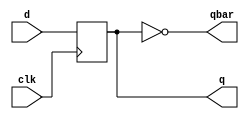
module D_FF(input d, clk, output reg q, output wire qbar);
    always @(posedge clk)
        q <= d;
    assign qbar = ~q;
endmodule

module ring_and_Johnson_counter(input mode, load, clk, input [4:0] data, output [4:0] RingOut, JhonsonOut);
    reg [4:0] d;
    wire [4:0] dbar;
    wire [4:0] d_out; // New wire type variables

    D_FF D0(d[0], clk, d_out[0], dbar[0]);
    D_FF D1(d[1], clk, d_out[1], dbar[1]);
    D_FF D2(d[2], clk, d_out[2], dbar[2]);
    D_FF D3(d[3], clk, d_out[3], dbar[3]);
    D_FF D4(d[4], clk, d_out[4], dbar[4]);
    
    always @(negedge clk,posedge load)
    begin
        if (load)
            d <= data;
        else if (mode) // Johnson counter
            d <= {d_out[3],d_out[2],d_out[1],d_out[0],dbar[4]};
        else // Ring counter
            d <= {d_out[3],d_out[2],d_out[1],d_out[0],d_out[4]};
    end

    assign RingOut = (mode) ? 5'b0 : d;
    assign JhonsonOut = (mode) ? d : 5'b0;
endmodule